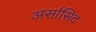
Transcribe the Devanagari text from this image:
अर्सासिद